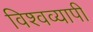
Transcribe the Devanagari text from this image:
विश्‍वव्यापी